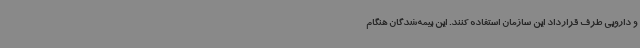
و دارویی طرف قرارداد این سازمان استفاده کنند. این بیمه‌شدگان هنگام